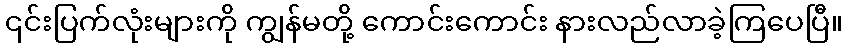
၎င်းပြက်လုံးများကို ကျွန်မတို့ ကောင်းကောင်း နားလည်လာခဲ့ကြပေပြီ။